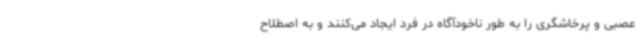
عصبی و پرخاشگری را به طور ناخودآگاه در فرد ایجاد می‌کنند و به اصطلاح